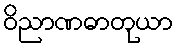
ဝိညာဏဓာတုယာ